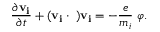
\frac { \partial \mathbf { v _ { i } } } { \partial t } + ( \mathbf { v _ { i } } \cdot \triangledown ) \mathbf { v _ { i } } = - \frac { e } { m _ { i } } \triangledown \varphi .